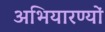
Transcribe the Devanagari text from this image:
अभियारण्यों